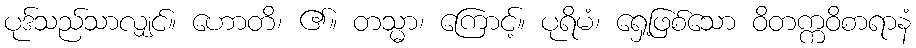
ပုဒ်သည်သာလျှင်။ ဟောတိ၊ ၏။ တသ္မာ၊ ကြောင့်။ ပုရိမံ၊ ရှေ့ဖြစ်သော ဝိတက္ကဝိစာရာနံ